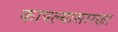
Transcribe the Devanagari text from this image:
कापल्यासारखा